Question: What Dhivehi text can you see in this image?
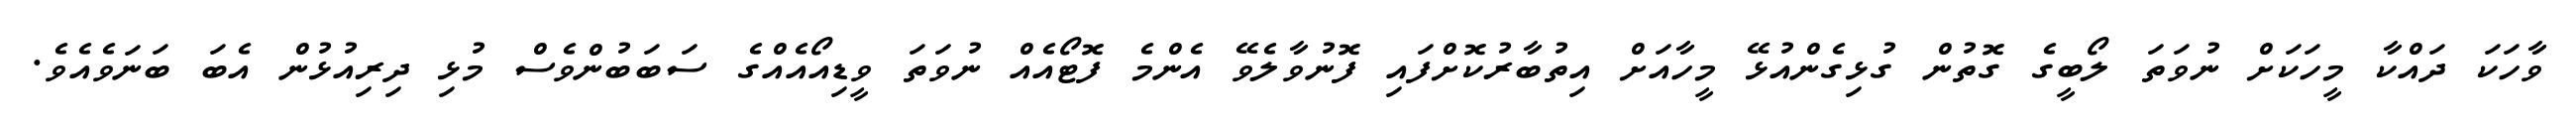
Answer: ވާހަކަ ދައްކާ މީހަކަށް ނުވަތަ ލޯބީގެ ގޮތުން ގުޅިގެންއުޅޭ މީހާއަށް އިތުބާރުކޮށްފައި ފޮނުވާލެވޭ އެންމެ ފޮޓޯއެއް ނުވަތަ ވީޑިއޯއެއްގެ ސަބަބުންވެސް މުޅި ދިރިއުޅުން އެބަ ބަނަވެއެވެ.